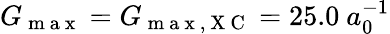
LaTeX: G_{\mathrm{~m~a~x~}}=G_{\mathrm{~m~a~x~,~X~C~}}=25.0~a_{0}^{-1}